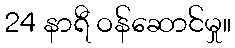
24 နာရီ ဝန်ဆောင်မှု။